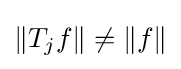
\left\|T_{j}f\right\|\neq \|f\|